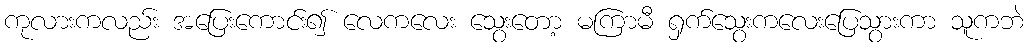
ကုလားကလည်း အပြေးကောင်း၍ လေကလေး သွေးတော့ မကြာမီ ရှက်သွေးကလေးပြေသွားကာ သူကဘဲ